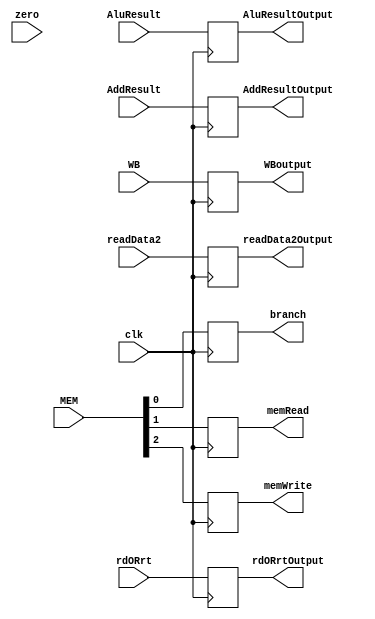
module EX_MEM(MEM,WB,AddResult,zero,AluResult,readData2,rdORrt,branch,memRead,memWrite,AddResultOutput,AluResultOutput,readData2Output,rdORrtOutput, WBoutput,clk);
input [2:0] MEM;
input [1:0] WB;
input [31:0] AddResult;
input zero;
input [31:0] AluResult;
input [31:0] readData2;
input [4:0] rdORrt;
input clk;
output reg branch,memRead,memWrite;
output reg [31:0] AddResultOutput,AluResultOutput;
output reg [31:0] readData2Output;
output reg [4:0] rdORrtOutput;
output reg [1:0] WBoutput;
initial
begin
    branch = 0;
	memRead=0;
	memWrite=0;
	AddResultOutput=32'b0;
	AddResultOutput=32'b0;
	readData2Output=32'b0;
	rdORrtOutput=5'b0;
	WBoutput = 2'b00;
end
always@(posedge clk)
    begin
       branch<=MEM[0];
	   memRead<=MEM[1];
	   memWrite<=MEM[2];
	   AddResultOutput<=AddResult;
	   AluResultOutput<= AluResult;
	   readData2Output<=readData2;
	   rdORrtOutput<=rdORrt;
	   WBoutput<=WB;
    end


endmodule